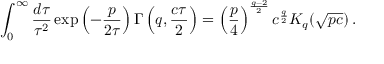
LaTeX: \int _ { 0 } ^ { \infty } \frac { d \tau } { \tau ^ { 2 } } \, \mathrm { e x p } \left( - \frac { p } { 2 \tau } \right) \Gamma \left( q , \frac { c \tau } 2 \right) = \left( \frac p 4 \right) ^ { \frac { q - 2 } 2 } c ^ { \frac q 2 } K _ { q } ( \sqrt { p c } ) \, .